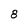
Character: 8